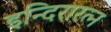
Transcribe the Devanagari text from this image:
इन्दिरारत्न